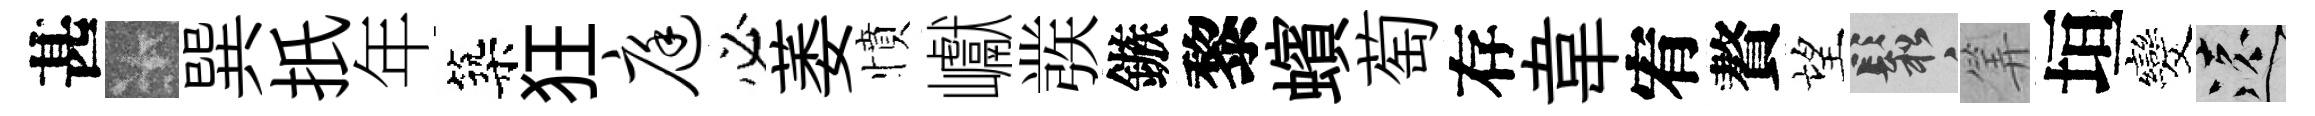
甚卡巽扺年築狂庭必萎憤巘彂鏃黎蠙萄存韋宥贅望鬆筭垣发遠